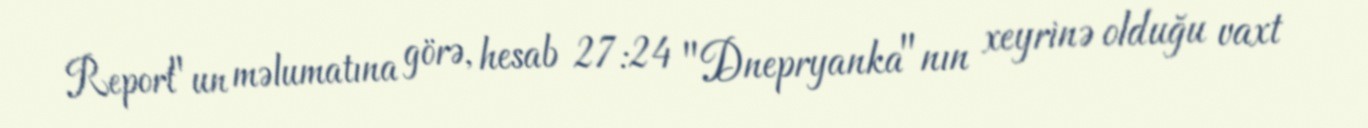
Report"un məlumatına görə, hesab 27:24 "Dnepryanka"nın xeyrinə olduğu vaxt